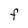
Character: F